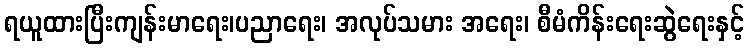
ရယူထားပြီးကျန်းမာရေး၊ပညာရေး၊ အလုပ်သမား အရေး၊ စီမံကိန်းရေးဆွဲရေးနှင့်